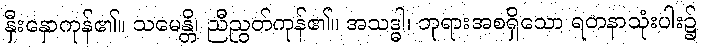
နှီးနှောကုန်၏။ သမေန္တိ၊ ညီညွတ်ကုန်၏။ အသဒ္ဓါ၊ ဘုရားအစရှိသော ရတနာသုံးပါး၌